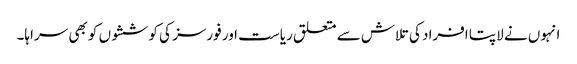
انہوں نے لاپتا افراد کی تلاش سے متعلق ریاست اور فورسز کی کوششوں کو بھی سراہا۔